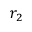
r _ { 2 }